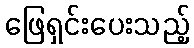
ဖြေရှင်းပေးသည့်